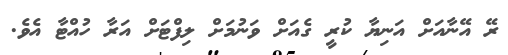
ރޭ އޭނާއަށް އަނިޔާ ކުރީ ގެއަށް ވަނުމަށް ލިފްޓަށް އަރާ ހުއްޓާ އެވެ.